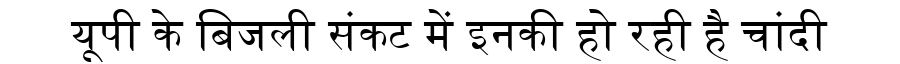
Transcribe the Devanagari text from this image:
यूपी के बिजली संकट में इनकी हो रही है चांदी